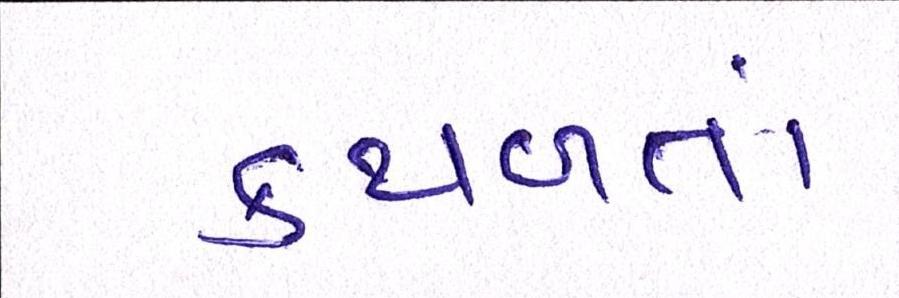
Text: કથળતાં